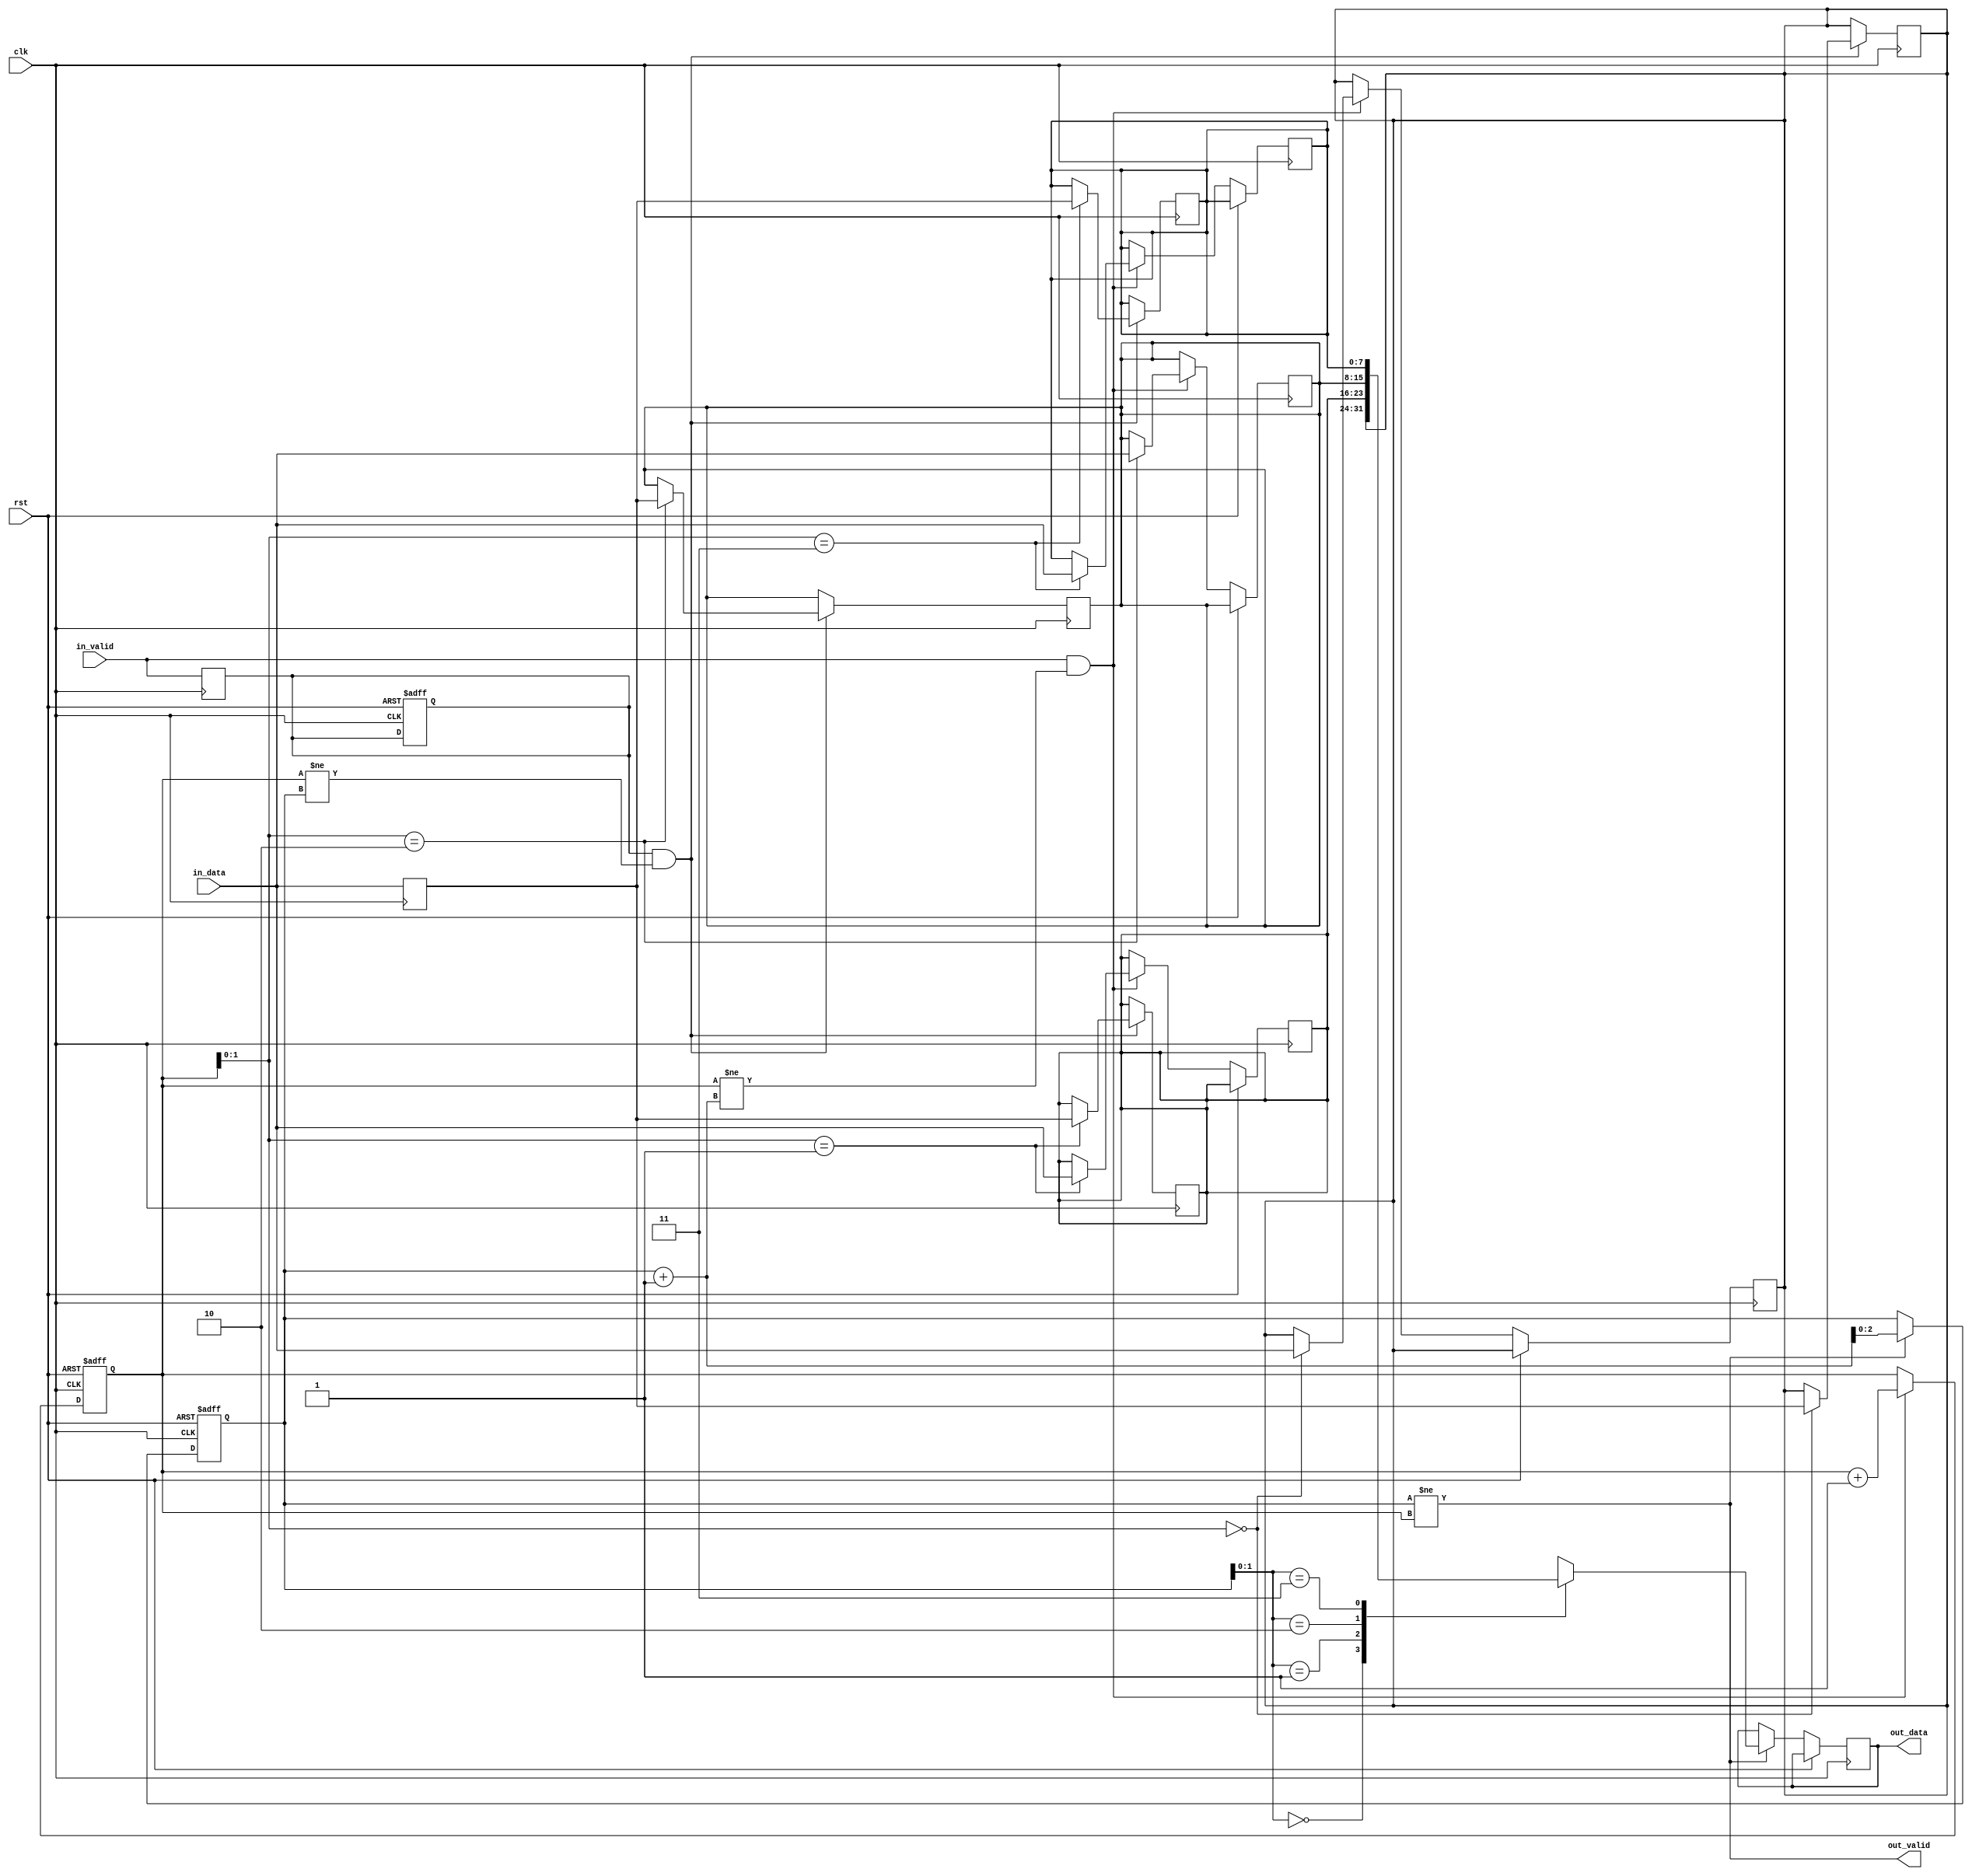
module fifo_buffer(
  input wire clk,
  input wire rst,
  input wire [DATA_WIDTH-1:0] in_data,
  input wire in_valid,
  output reg [DATA_WIDTH-1:0] out_data,
  output reg out_valid
);

parameter DEPTH = 4; // adjust depth as needed
parameter DATA_WIDTH = 8; // adjust data width as needed

reg [DATA_WIDTH-1:0] buffer [0:DEPTH-1];
reg [DATA_WIDTH-1:0] last_data;
reg last_valid;
reg [2:0] read_ptr;
reg [2:0] write_ptr;

always @(posedge clk or posedge rst)
begin
  if (rst)
  begin
    read_ptr <= 3'b0;
    write_ptr <= 3'b0;
    last_valid <= 1'b0;
  end
  else
  begin
    if (in_valid && (write_ptr != read_ptr + 1))
    begin
      buffer[write_ptr] <= in_data;
      write_ptr <= write_ptr + 1;
    end

    if (out_valid && (read_ptr != write_ptr))
    begin
      out_data <= buffer[read_ptr];
      read_ptr <= read_ptr + 1;
    end
  end
end

always @(posedge clk)
begin
  if (last_valid && (write_ptr != read_ptr))
    buffer[write_ptr] <= last_data;

  last_data <= in_data;
  last_valid <= in_valid;
end

assign out_valid = (read_ptr != write_ptr);

endmodule